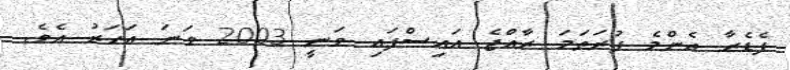
ފެޑެރާ އެންމެ ފުރަތަމަ ރާއްޖެ އައިސްފައި ވަނީ 2003 ވަނަ އަހަރު އެވެ.